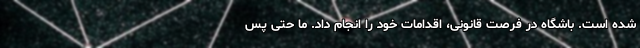
شده است. باشگاه در فرصت قانونی، اقدامات خود را انجام داد. ما حتی پس